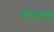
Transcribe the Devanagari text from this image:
रूपवन्त